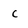
Character: c